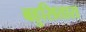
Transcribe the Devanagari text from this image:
बहुसितारा